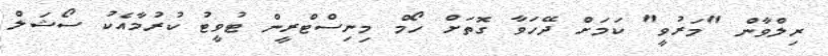
ރިލްވާން "މަރުވީ" ކަަމަށް ދޭހަވާ ގޮތަށް ހޯމް މިނިސްޓްރީން ޓުވީޓު ކުރުމާއެކު ސޯޝަލް